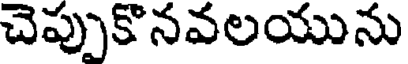
చెప్పుకొనవలయును